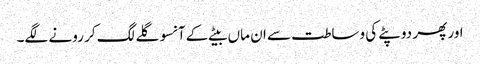
اور پھر دوپٹے کی وساطت سے ان ماں بیٹے کے آنسو گلے لگ کر رونے لگے۔